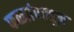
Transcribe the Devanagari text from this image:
फळ्यांपासून